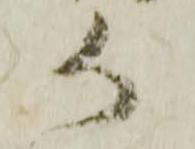
か